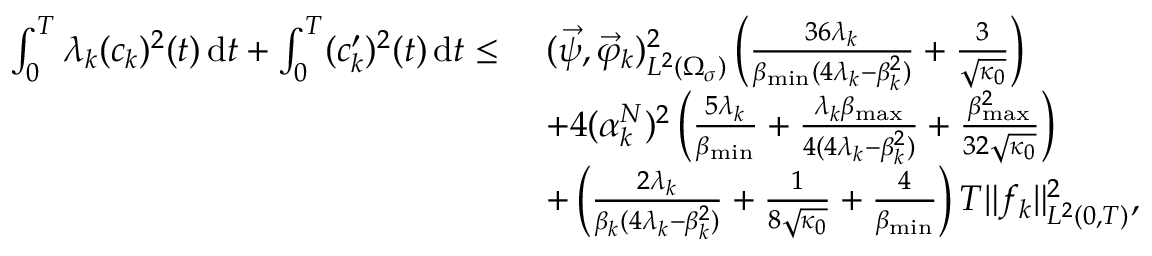
\begin{array} { r l } { \int _ { 0 } ^ { T } \lambda _ { k } ( c _ { k } ) ^ { 2 } ( t ) \, \mathrm d t + \int _ { 0 } ^ { T } ( c _ { k } ^ { \prime } ) ^ { 2 } ( t ) \, \mathrm d t \leq \ } & { ( \vec { \psi } , \vec { \varphi } _ { k } ) _ { L ^ { 2 } ( \Omega _ { \sigma } ) } ^ { 2 } \left( \frac { 3 6 \lambda _ { k } } { \beta _ { \operatorname* { m i n } } ( 4 \lambda _ { k } - \beta _ { k } ^ { 2 } ) } + \frac { 3 } { \sqrt { \kappa _ { 0 } } } \right) } \\ & { + 4 ( \alpha _ { k } ^ { N } ) ^ { 2 } \left( \frac { 5 \lambda _ { k } } { \beta _ { \operatorname* { m i n } } } + \frac { \lambda _ { k } \beta _ { \operatorname* { m a x } } } { 4 ( 4 \lambda _ { k } - \beta _ { k } ^ { 2 } ) } + \frac { \beta _ { \operatorname* { m a x } } ^ { 2 } } { 3 2 \sqrt { \kappa _ { 0 } } } \right) } \\ & { + \left( \frac { 2 \lambda _ { k } } { \beta _ { k } ( 4 \lambda _ { k } - \beta _ { k } ^ { 2 } ) } + \frac { 1 } { 8 \sqrt { \kappa _ { 0 } } } + \frac { 4 } { \beta _ { \operatorname* { m i n } } } \right) T \| f _ { k } \| _ { L ^ { 2 } ( 0 , T ) } ^ { 2 } , } \end{array}